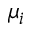
\mu _ { i }